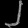
Digit: ၂